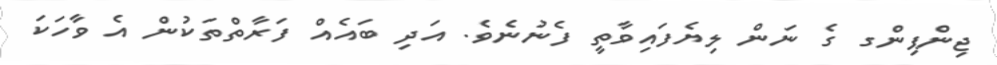
ޖިންޕިންގ ގެ ނަން ލިޔެފައިވާތީ ފެނުނެވެ. އަދި ބައެއް ފަރާތްތަކުން އެ ވާހަކަ